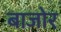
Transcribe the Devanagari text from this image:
बाजोर